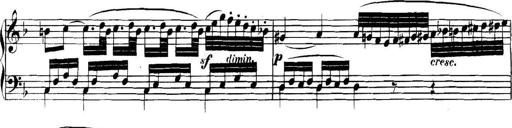
Title: Collected Piano Sonatas
Composer: Muzio Clementi